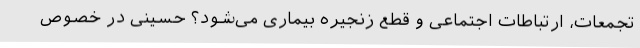
تجمعات، ارتباطات اجتماعی و قطع زنجیره بیماری می‌شود؟ حسینی در خصوص